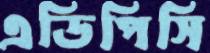
এডিপিসি